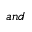
a n d